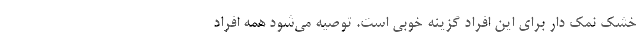
خشک نمک دار برای این افراد گزینه خوبی است. توصیه می‌شود همه افراد